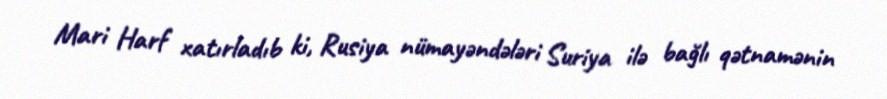
Mari Harf xatırladıb ki, Rusiya nümayəndələri Suriya ilə bağlı qətnamənin